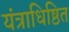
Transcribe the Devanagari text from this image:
यंत्राधिष्ठित